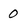
Character: 0